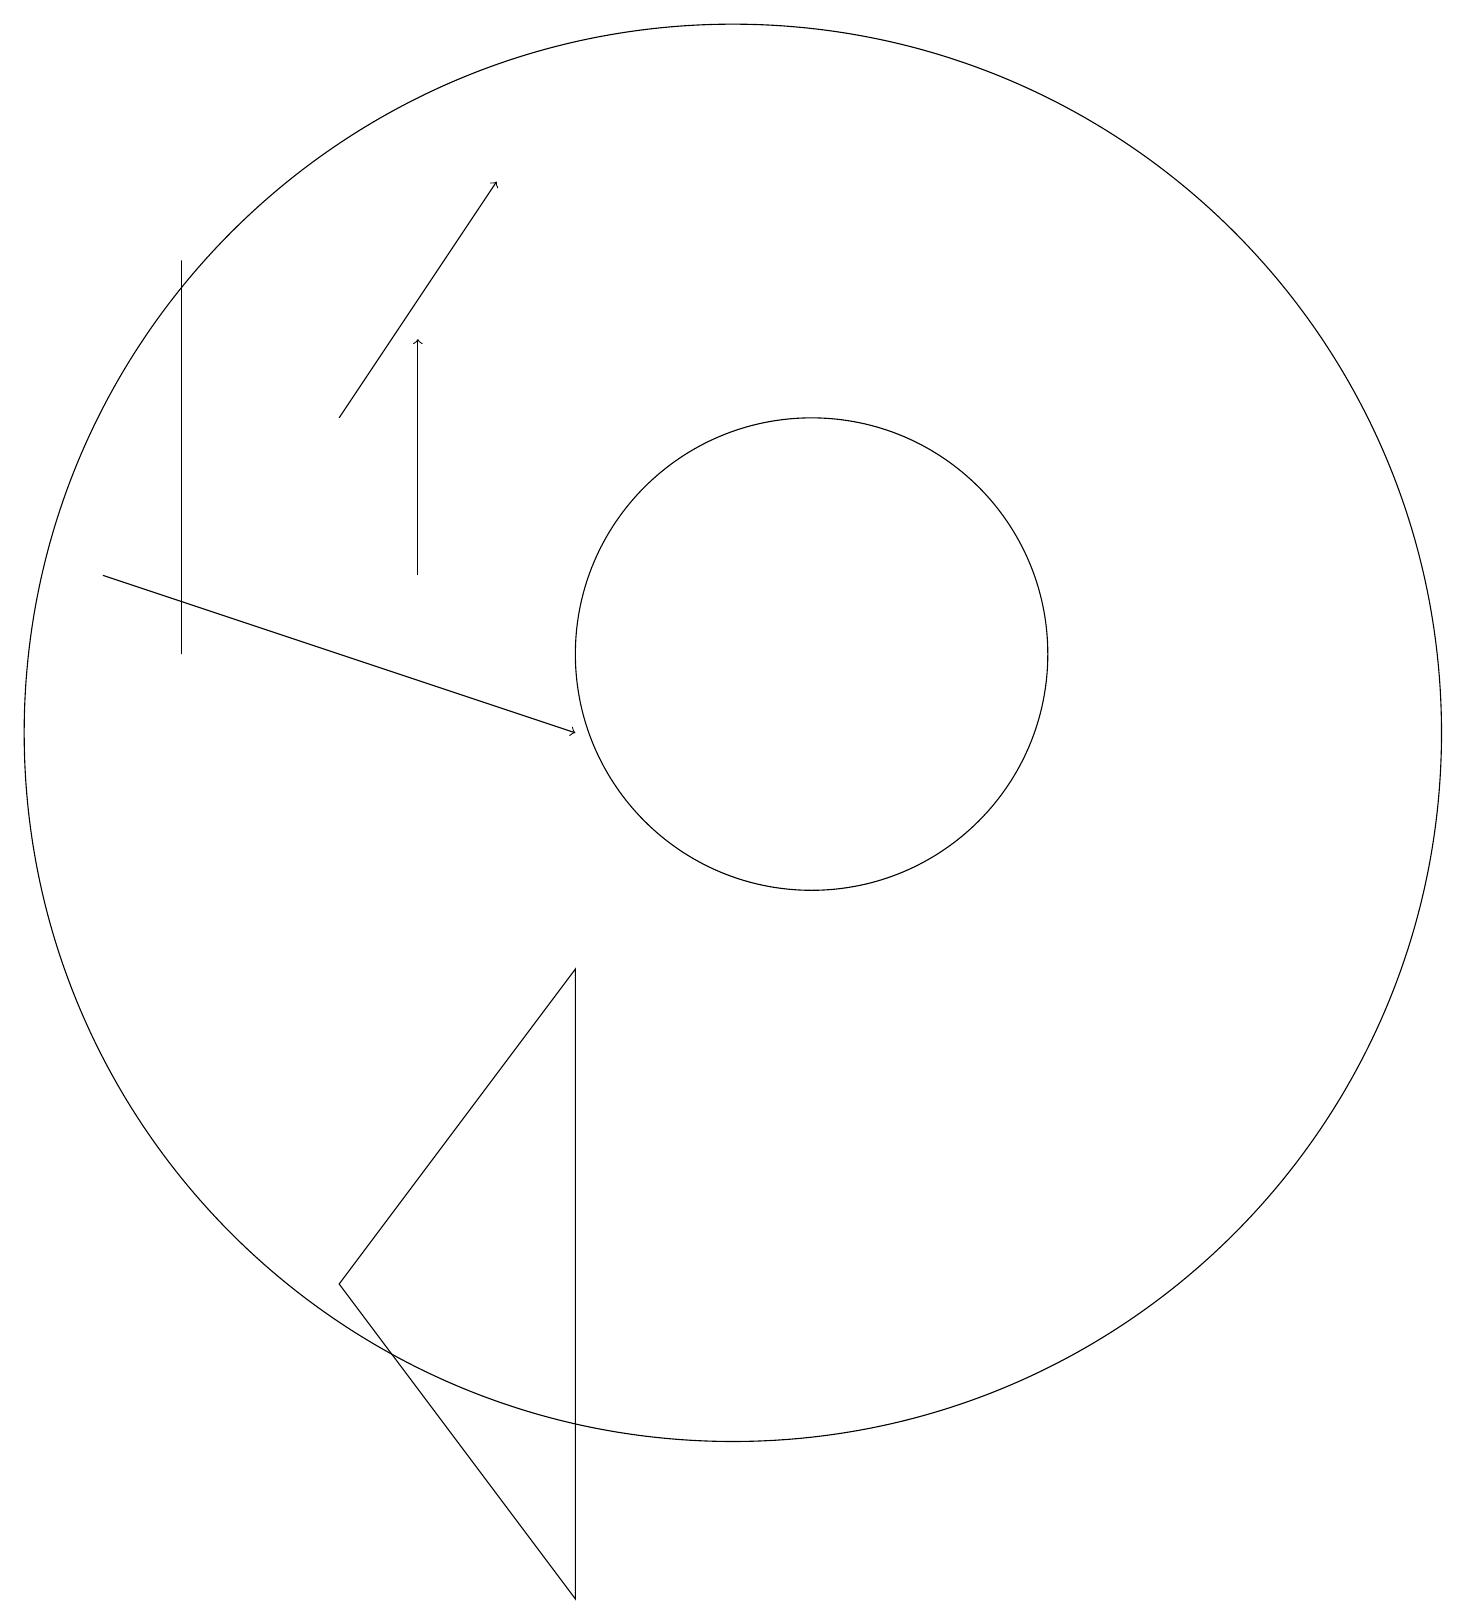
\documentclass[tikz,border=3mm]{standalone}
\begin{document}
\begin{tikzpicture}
\draw[->] (3,13) -- (9,11);
\draw (12,12) circle (3);
\draw (11,11) circle (9);
\draw[->] (7,13) -- (7,16);
\draw (4,17) rectangle (4,12);
\draw (9,8) -- (9,0) -- (6,4) -- cycle;
\draw[->] (6,15) -- (8,18);
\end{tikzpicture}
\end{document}